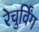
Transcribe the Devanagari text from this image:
रेचुर्विंग